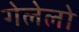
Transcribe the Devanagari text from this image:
गेलेलो